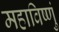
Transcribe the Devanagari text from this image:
महाविष्णुं